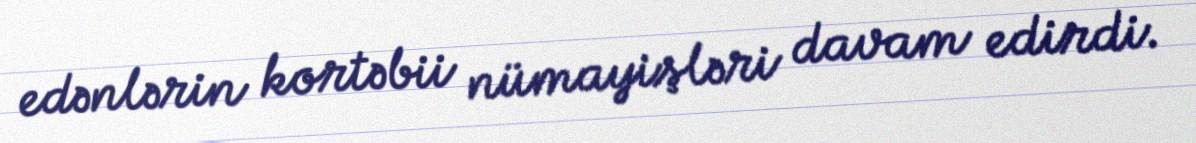
edənlərin kortəbii nümayişləri davam edirdi.